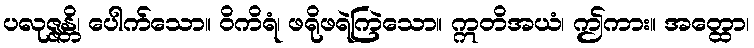
ပလုဇ္ဇန္တိ၊ ပေါက်သော။ ဝိကိရံ၊ ဖရိုဖရဲကြဲသော။ ဣတိအယံ၊ ဤကား။ အတ္ထော၊